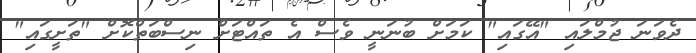
ދެވަނަ ޖުމްލައި "އޭގައި" ކަމަށް ބުނަނީ ވެސް އެ ތައްޓަށް ނިސްބަތްކޮށް "ތަށީގައި"